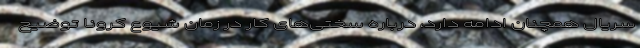
سریال همچنان ادامه دارد، درباره سختی‌های کار در زمان شیوع کرونا توضیح